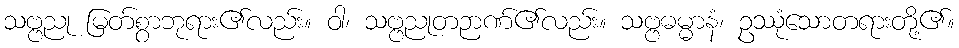
သဗ္ဗညု မြတ်စွာဘုရား၏လည်း။ ဝါ၊ သဗ္ဗညုတဉာဏ်၏လည်း။ သဗ္ဗဓမ္မာနံ၊ ဥဿုံသောတရားတို့၏။